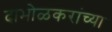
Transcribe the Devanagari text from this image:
दाभोळकरांच्या